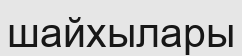
шайхылары